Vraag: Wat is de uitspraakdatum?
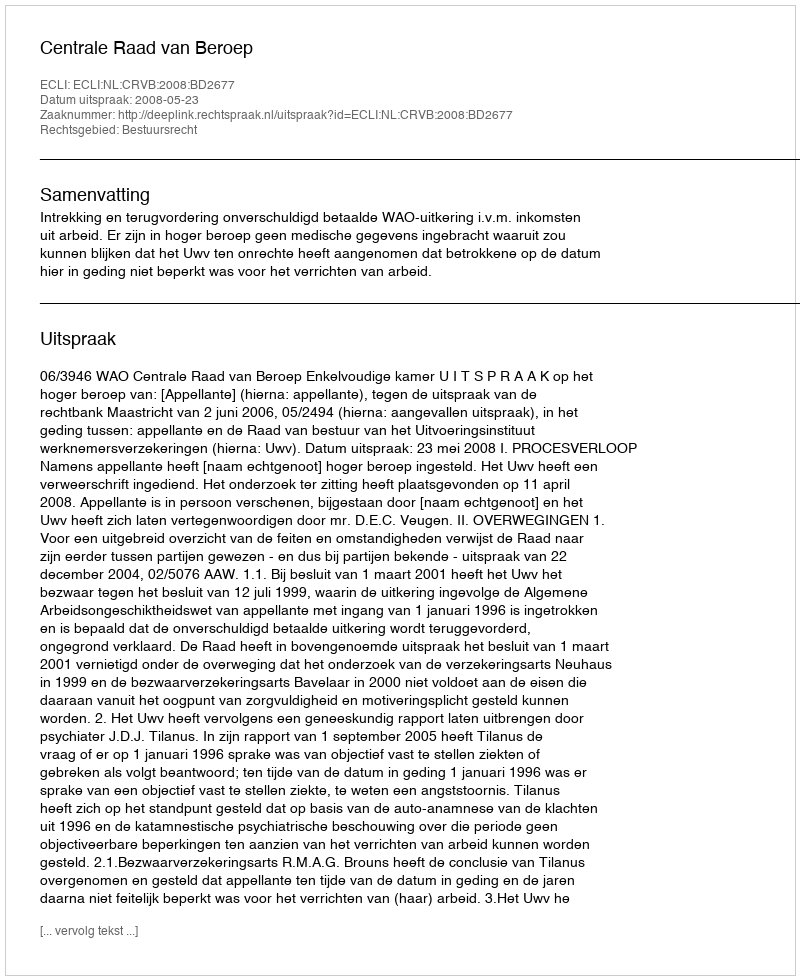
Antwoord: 2008-05-23